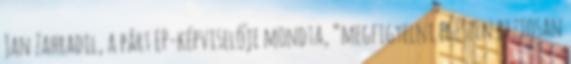
Jan Zahradil, a párt EP-képviselője mondta, “megfigyelni egészen biztosan